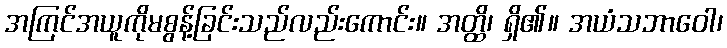
အကြင်အယူကိုမစွန့်ခြင်းသည်လည်းကောင်း။ အတ္ထိ၊ ရှိ၏။ အယံသဘာဝေါ၊